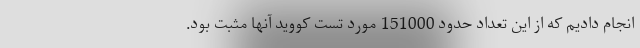
انجام دادیم که از این تعداد حدود 151000 مورد تست کووید آنها مثبت بود.